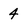
Character: 4